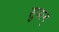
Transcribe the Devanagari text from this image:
सुडान्